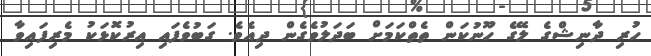
ހުރި ދާނިޝްގެ ލޭގެ ހޫނުކަން ތެތްކަމަށް ބަދަލުވެގެން ދިއެވެ. ގަބުވެފައި އިރުކޮޅަކު މެރިފައިވާ